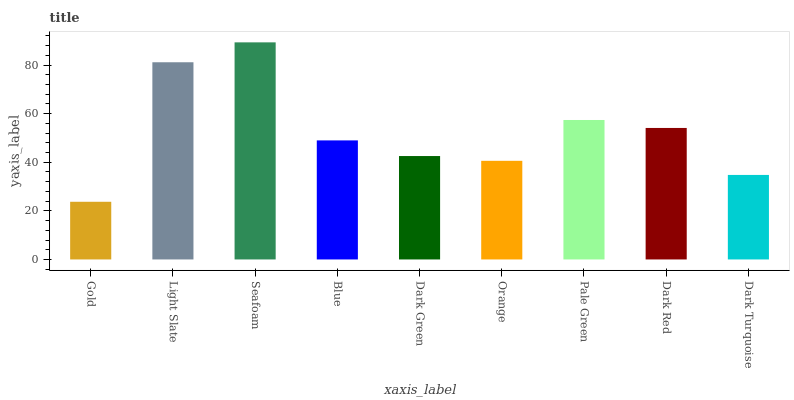
| xaxis_label | bars |
 | --- | --- |
 | Gold | 23.7 |
 | Light Slate | 81.1 |
 | Seafoam | 89.3 |
 | Blue | 49 |
 | Dark Green | 42.5 |
 | Orange | 40.6 |
 | Pale Green | 57.4 |
 | Dark Red | 54.1 |
 | Dark Turquoise | 34.8 |